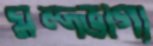
মন্দভাগ্য